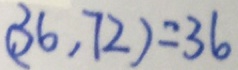
( 3 6 , 7 2 ) = 3 6